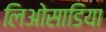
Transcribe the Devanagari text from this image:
लिओसाडिया